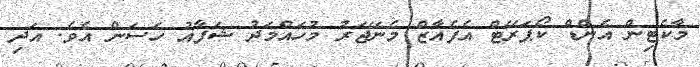
މާކެޓިން އެންޑް ކޯޕަރޭޓް އެފެއާޒް މެނޭޖަރު މުހައްމަދު ޝަފާއު ހަސަން އެވެ. އަދި